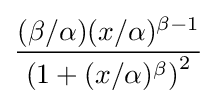
{\frac {(\beta /\alpha )(x/\alpha )^{\beta -1}}{\left(1+(x/\alpha )^{\beta }\right)^{2}}}